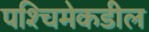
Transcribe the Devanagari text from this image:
पश्‍चिमेकडील